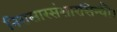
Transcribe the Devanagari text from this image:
निरासारसंसारसिन्धौ।